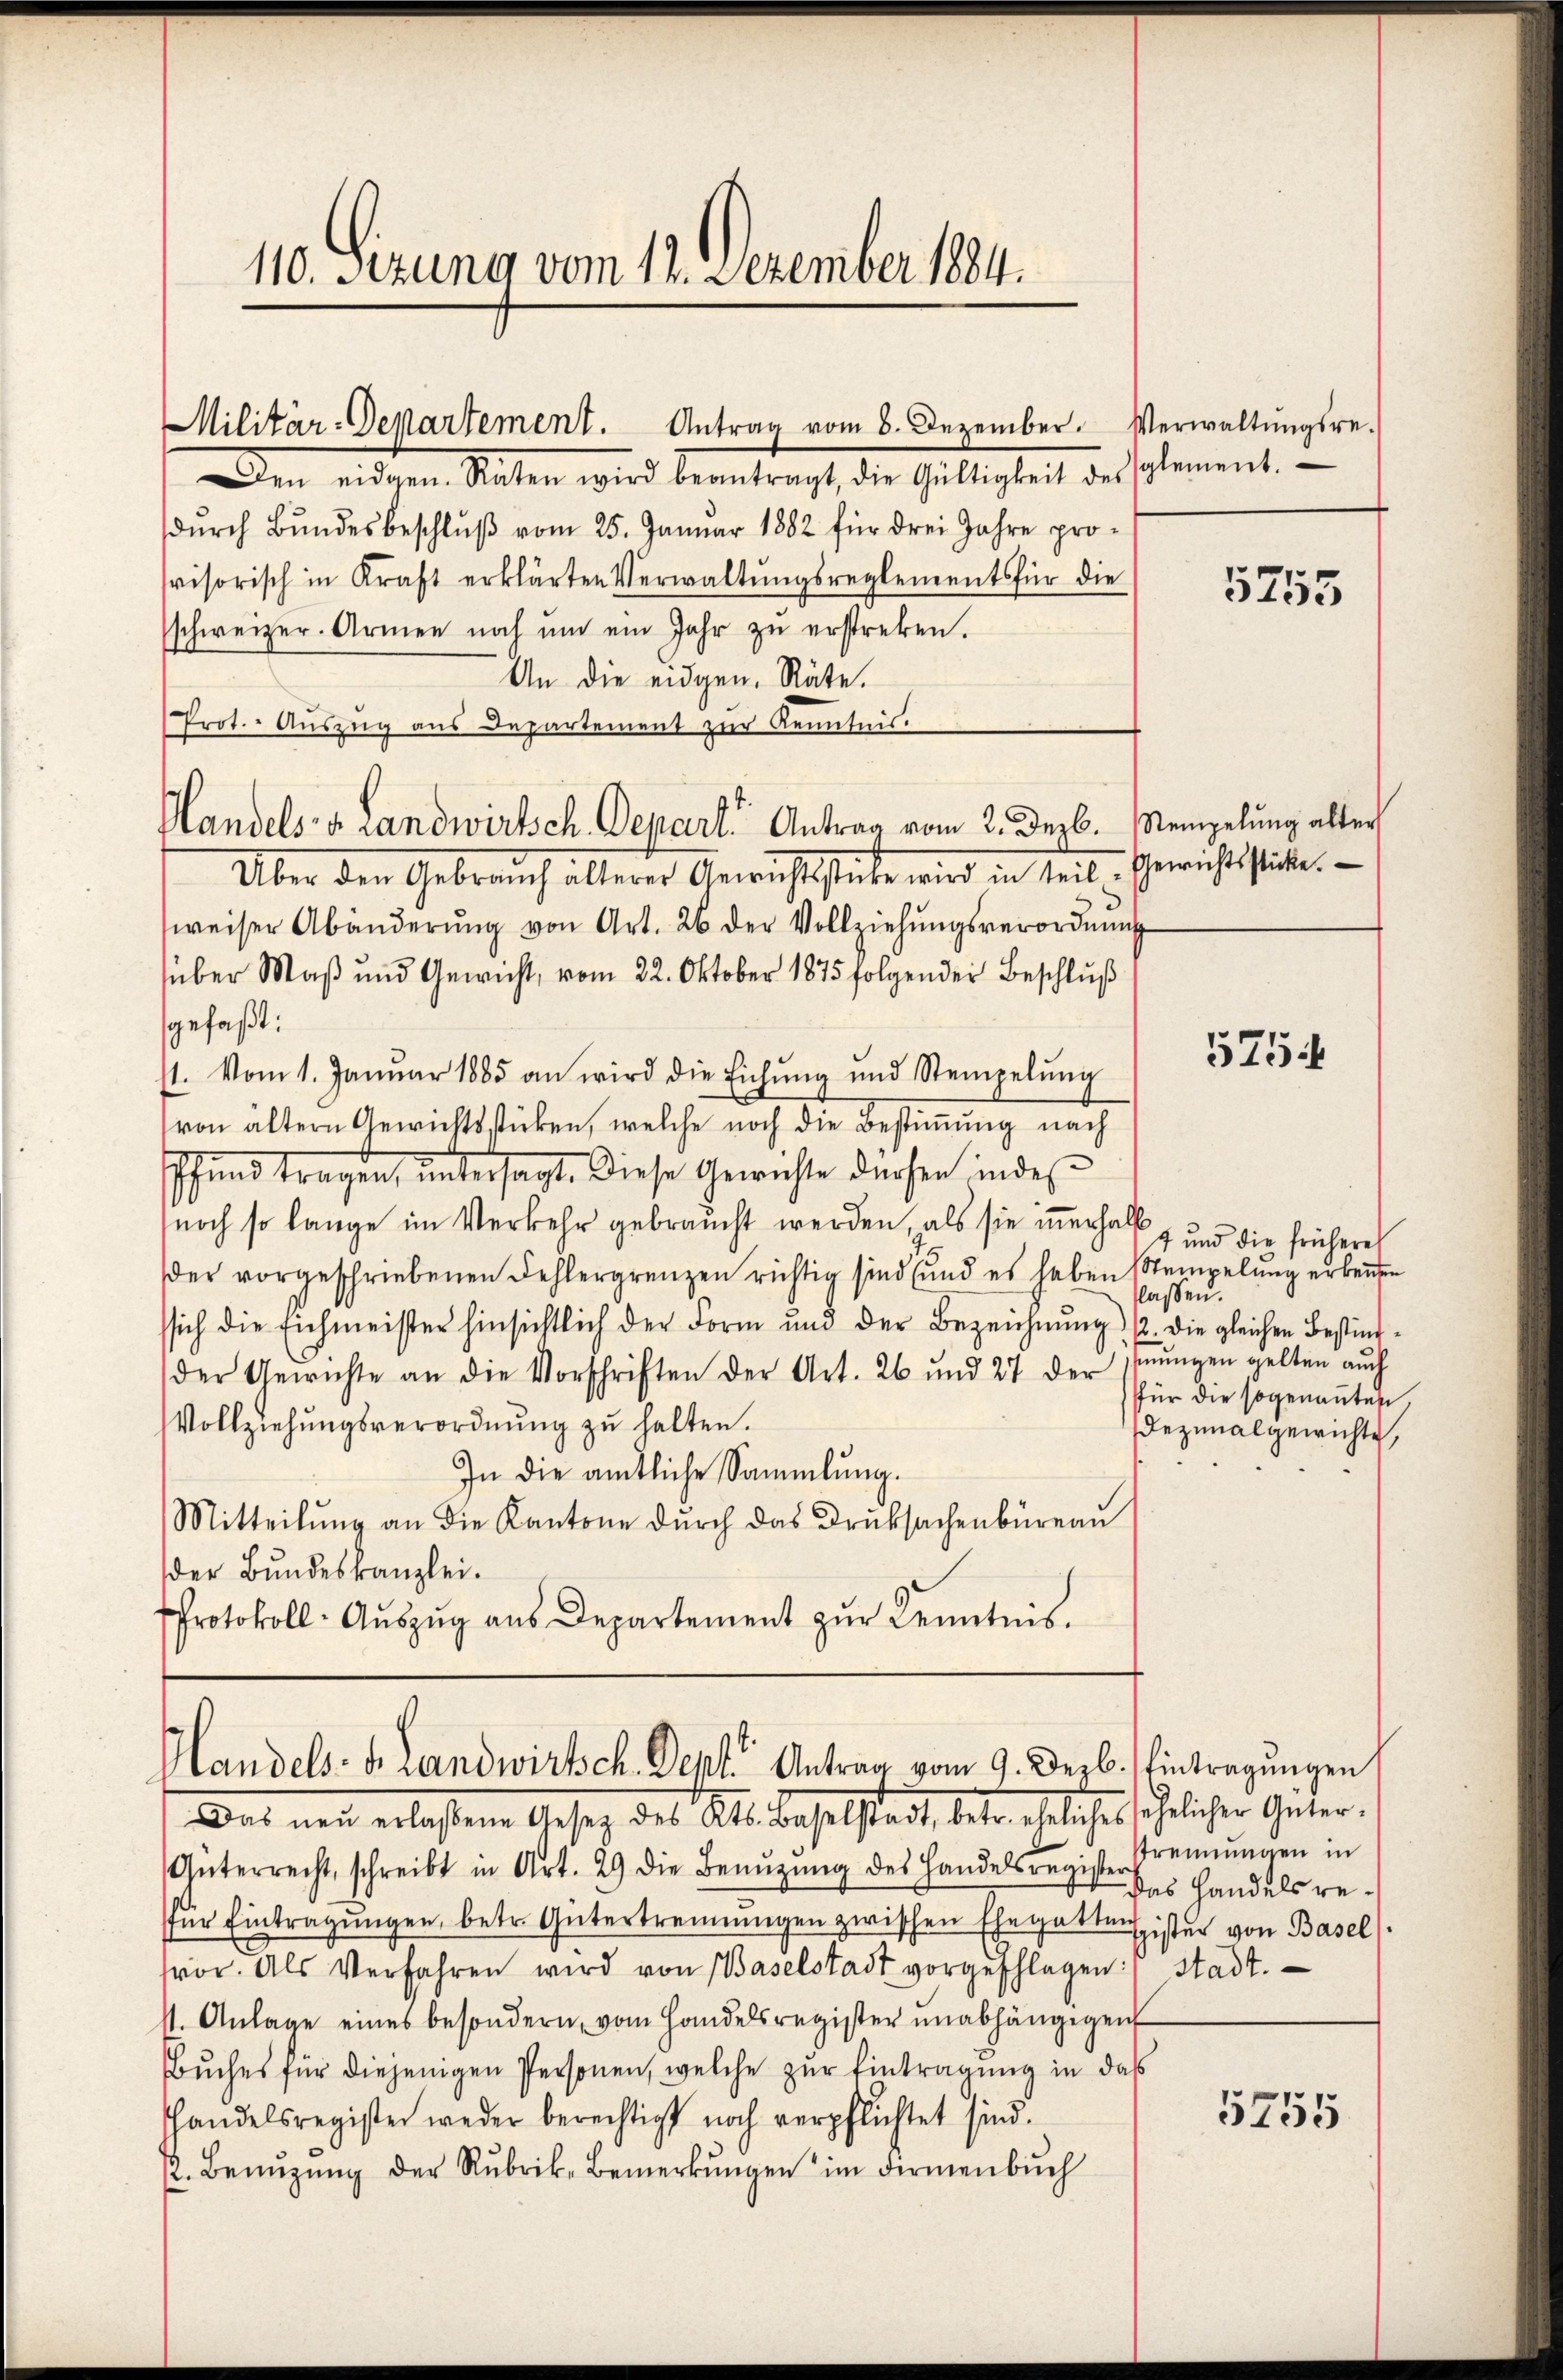
10. Sizung vom 12. Dezember 1884.

Militär-Departement. Antrag vom 8. Dezember. Verwaltŭngsre-

Den eidgen. Raten wird beantragt, die Gültigkeit des Element.
dŭrch Bŭndesbeschlŭβ vom 25. Januar 1882 für drei Jahre pro-
svisorisch in Kraft erklärten Verwaltŭngsreglements für die
schweizer. Armen noch ŭm ein Jahr zŭ erstreken.
An die eidgen. Räte.
Prot. Auszug aus Departement zur Kenntnis.
Handels- u. Landwirtsch. Depart. Antrag vom 2. Dezb. Mempelung aller
Über den Gebrauch älterer Gewichtstücke wird in Teil-Gerichtstickte.
weiser Abänderŭng von Art. 26 der Vollziehŭngsverordnŭng
über Maß und Gewicht, vom 22. Oktober 1875 folgender Beschluß
gefaßt:
st. Vom 1. Januar 1885 an wird die Eichŭng und Stempelŭng
von ältern Gewichtsstücken, welche noch die Bestimmung nach
Pfund tragen, untersagt. Diese Gewichte dürfen indes
noch so lange im Verkehr gebraucht werden, als sie innerhalt und die frühere
der vorgeschriebenen Fehlergrenzen richtig sind und es haben Stempelung erbeuten
lassen.
ssich die Eichmeister hinsichtlich der Form und der Bezeichnŭng 12. die gleichen Bestimder Gewichte an die Vorschriften der Art. 26 und 27 der
Vollziehŭngsverordnŭng zŭ halten.
In die amtliche Sammlung.
Mitteilŭng an die Kantone dŭrch das Druksachenbüreaŭ
der Bundeskanzlei.
Protokoll- Aŭszŭg aŭs Departement zŭr Kenntnis.

Handels- u. Landwirtsch. Dept. Antrag vom 9. Dezb. Eintragŭngen

Das neu erlassene Gesez des Kts. Baselstadt, betr. eheliches se
Güterrecht, schreibt in Art. 29 die Benŭtzŭng des Handelsregister Trennungen in
für Eintragŭngen, betr. Gütertrennungen zwischen Ehegattensister von Basel
vor. Als Verfahren wird von Baselstadt vorgeschlagen:
11. Anlage eines besondern, vom Handelsregister unabhängigen
Buches für diejenigen Personen, welche zur Eintragung in das
handelsregister weder berechtigt noch verpflichtet sind.
s. Benŭtzŭng der Rubrik, Bemerkŭngen im Firmenbŭch

5755

5754

hmungen gelten auch
für die sogenannten,
Dezinalgewichte,

helicher Güter¬
Das Handels restadt.

5755